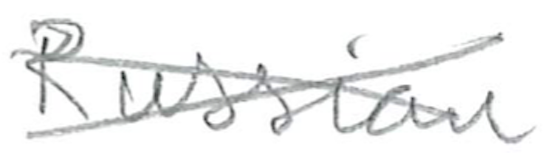
Text: Russian
Cross-out: cross
Writing tool: pencil